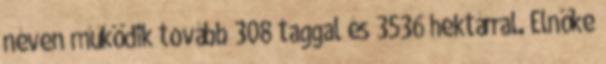
néven működik tovább 308 taggal és 3536 hektárral. Elnöke